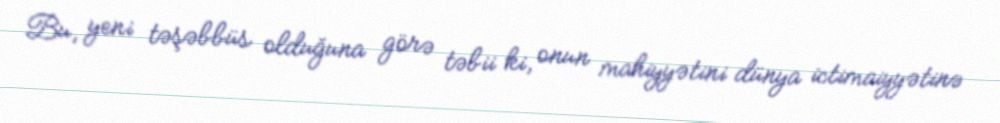
Bu, yeni təşəbbüs olduğuna görə təbii ki, onun mahiyyətini dünya ictimaiyyətinə